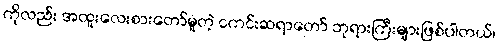
ကိုလည်း အထူးလေးစားတော်မူတဲ့ ငကင်းဆရာတော် ဘုရားကြီးများဖြစ်ပါတယ်၊